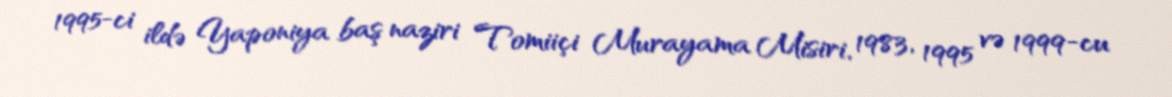
1995-ci ildə Yaponiya baş naziri Tomiiçi Murayama Misiri, 1983, 1995 və 1999-cu